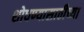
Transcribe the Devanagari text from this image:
शोधण्यासाठीच्या